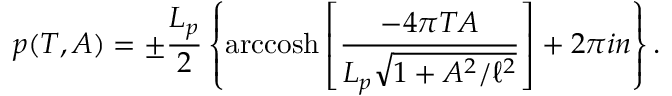
p ( T , A ) = \pm \frac { L _ { p } } { 2 } \left\{ \mathrm { a r c c o s h } \left[ \frac { - 4 \pi T A } { L _ { p } \sqrt { 1 + A ^ { 2 } / \ell ^ { 2 } } } \right] + 2 \pi i n \right\} .